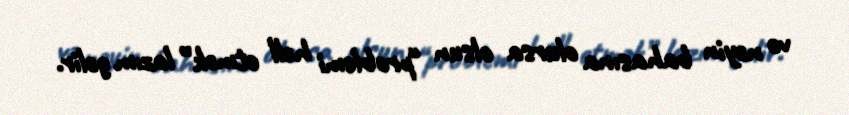
və nəyin bahasına olursa olsun “problemi həll etmək” lazım gəlir.